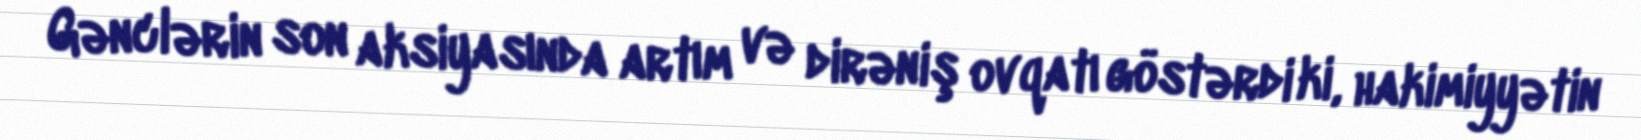
Gənclərin son aksiyasında artım və dirəniş ovqatı göstərdi ki, hakimiyyətin